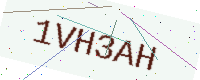
Text: 1VH3AH